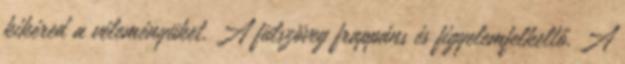
kikéred a véleményüket. A fülszöveg frappáns és figyelemfelkeltő. A